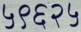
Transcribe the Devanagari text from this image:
५९६२५